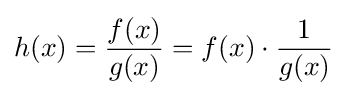
h(x)={\frac {f(x)}{g(x)}}=f(x)\cdot {\frac {1}{g(x)}}